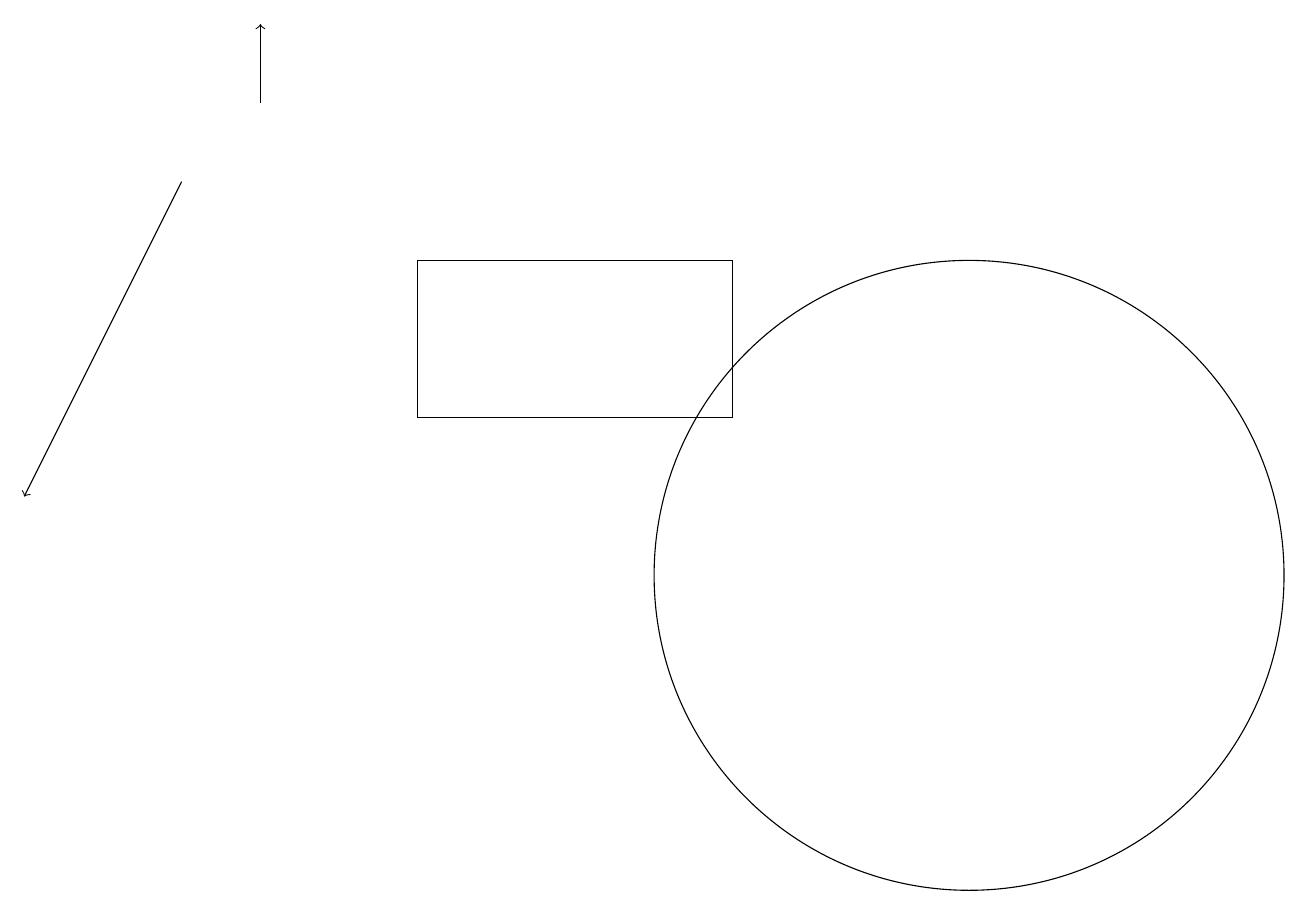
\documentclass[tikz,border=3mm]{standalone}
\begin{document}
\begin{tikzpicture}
\draw[->] (2,16) -- (0,12);
\draw[->] (3,17) -- (3,18);
\draw (12,11) circle (4);
\draw (5,13) rectangle (9,15);
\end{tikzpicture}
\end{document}